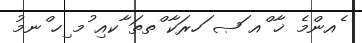
ެއންމެ ޚާ ްއ ަޞ ަހރަކާ ްތތަ ާކއި ުމ ިހ ްނމު